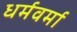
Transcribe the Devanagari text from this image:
धर्मवर्मा